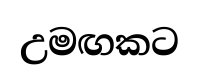
උමඟකට